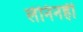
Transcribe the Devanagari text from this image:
लेनिनही